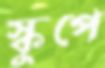
স্কুপে